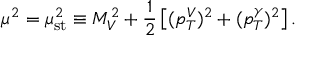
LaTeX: \mu ^ { 2 } = \mu _ { \mathrm { s t } } ^ { 2 } \equiv M _ { V } ^ { 2 } + \frac { 1 } { 2 } \left[ ( p _ { T } ^ { V } ) ^ { 2 } + ( p _ { T } ^ { \gamma } ) ^ { 2 } \right] .